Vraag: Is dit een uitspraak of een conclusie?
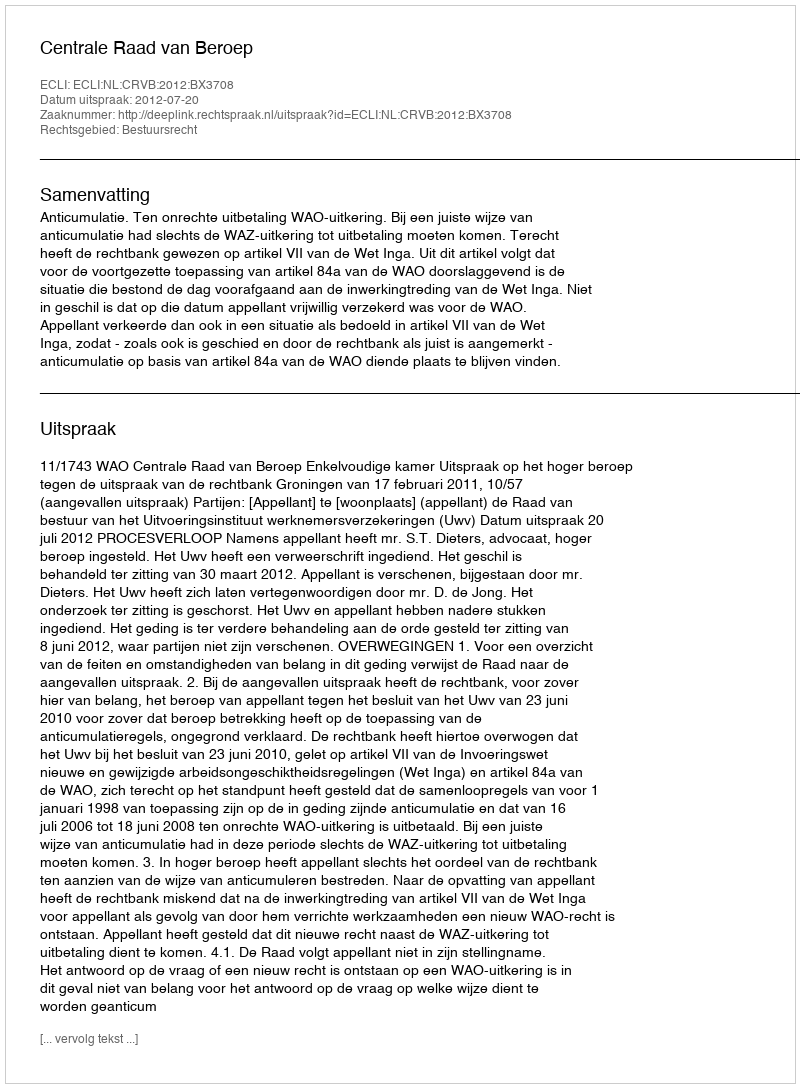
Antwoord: Uitspraak